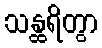
သန္ထရိတွာ